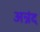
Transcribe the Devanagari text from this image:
अन्नंद